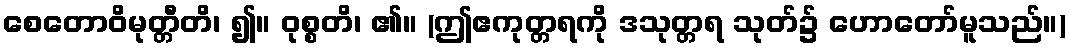
စေတောဝိမုတ္တီတိ၊ ၍။ ဝုစ္စတိ၊ ၏။ (ဤဧကုတ္တရကို ဒသုတ္တရ သုတ်၌ ဟောတော်မူသည်။)